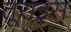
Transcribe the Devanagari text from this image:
तूराइस